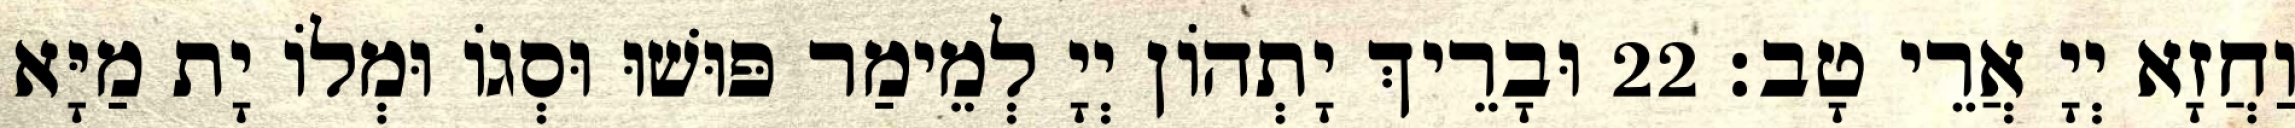
וַחֲזָא יְיָ אֲרֵי טָב׃ 22 וּבָרֵיךְ יָתְהוֹן יְיָ לְמֵימַר פּוּשׁוּ וּסְגוֹ וּמְלוֹ יָת מַיָּא